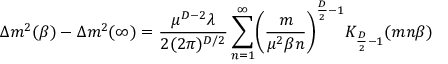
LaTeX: \Delta m ^ { 2 } ( \beta ) - \Delta m ^ { 2 } ( \infty ) = \frac { \mu ^ { D - 2 } \lambda } { 2 ( 2 \pi ) ^ { D / 2 } } \sum _ { n = 1 } ^ { \infty } \biggl ( \frac { m } { \mu ^ { 2 } \beta n } \biggr ) ^ { \frac { D } { 2 } - 1 } K _ { \frac { D } { 2 } - 1 } ( m n \beta )